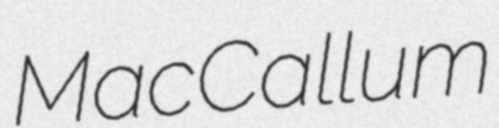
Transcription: MacCallum